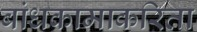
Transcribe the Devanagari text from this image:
बांधकामाकरिता